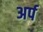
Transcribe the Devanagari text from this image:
अर्प